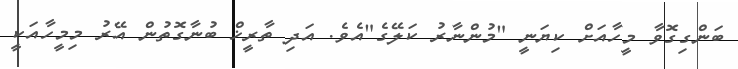
ބަންގިގޮވާ މީހާއަށް ކިޔަނީ "މުންނާރު ކަލޭގެ"އެވެ. އަދި ތާރީޚް ބުނާގޮތުން އޭރު މިމީހާއަކީ